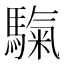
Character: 𩥀